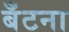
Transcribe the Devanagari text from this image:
बँटना